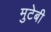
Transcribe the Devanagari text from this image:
मुटेबी